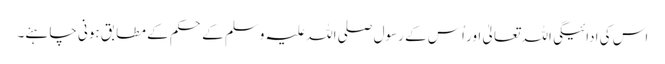
اس کی ادائیگی اللہ تعالیٰ اور اُس کے رسول صلی اللہ علیہ وسلم کے حکم کے مطابق ہونی چاہئے۔